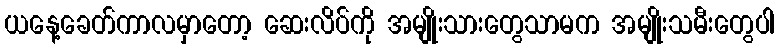
ယနေ့ခေတ်ကာလမှာတော့ ဆေးလိပ်ကို အမျိုးသားတွေသာမက အမျိုးသမီးတွေပါ